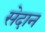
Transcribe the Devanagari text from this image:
सेदान